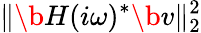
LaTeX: \| \b{H}(i\omega)^{*}\b{v}\| _{2}^{2}